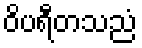
ဝိပရီတသညံ